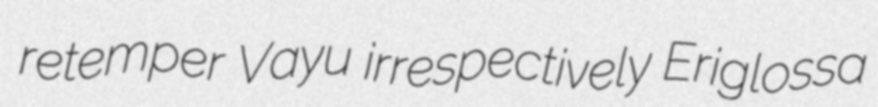
retemper Vayu irrespectively Eriglossa